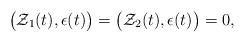
LaTeX: \begin{align*}\big(\mathcal{Z}_1(t),\epsilon(t)\big)=\big(\mathcal{Z}_2(t),\epsilon(t)\big)=0,\end{align*}